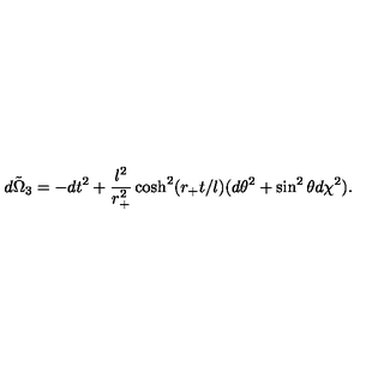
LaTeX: \tilde { d \Omega _ { 3 } } = - d t ^ { 2 } + \frac { l ^ { 2 } } { r _ { + } ^ { 2 } } \cosh ^ { 2 } ( r _ { + } t / l ) ( d \theta ^ { 2 } + \sin ^ { 2 } \theta d \chi ^ { 2 } ) .